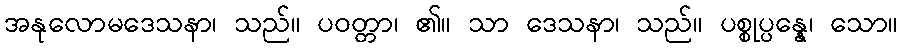
အနုလောမဒေသနာ၊ သည်။ ပဝတ္တာ၊ ၏။ သာ ဒေသနာ၊ သည်။ ပစ္စုပ္ပန္နေ၊ သော။